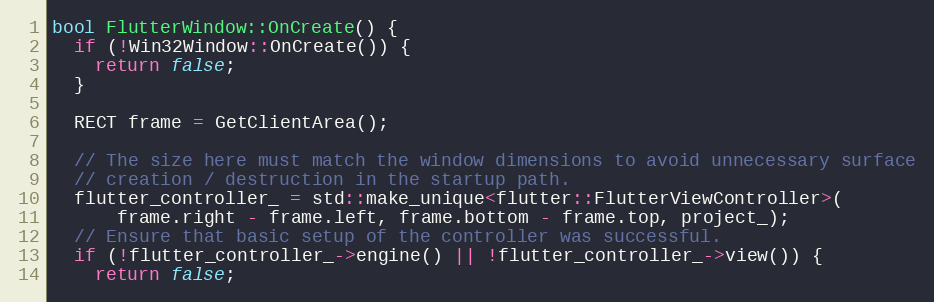
Language: C++
bool FlutterWindow::OnCreate() {
  if (!Win32Window::OnCreate()) {
    return false;
  }

  RECT frame = GetClientArea();

  // The size here must match the window dimensions to avoid unnecessary surface
  // creation / destruction in the startup path.
  flutter_controller_ = std::make_unique<flutter::FlutterViewController>(
      frame.right - frame.left, frame.bottom - frame.top, project_);
  // Ensure that basic setup of the controller was successful.
  if (!flutter_controller_->engine() || !flutter_controller_->view()) {
    return false;